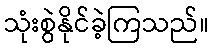
သုံးစွဲနိုင်ခဲ့ကြသည်။